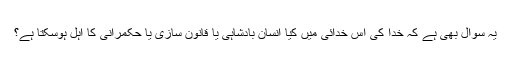
یہ سوال بھی ہے کہ خدا کی اس خدائی میں کیا انسان بادشاہی یا قانون سازی یا حکمرانی کا اہل ہوسکتا ہے؟